NAE_ERA_R-2324_Eesti_Vabariigi_Pohiseaduslik_Assamblee, lk 304
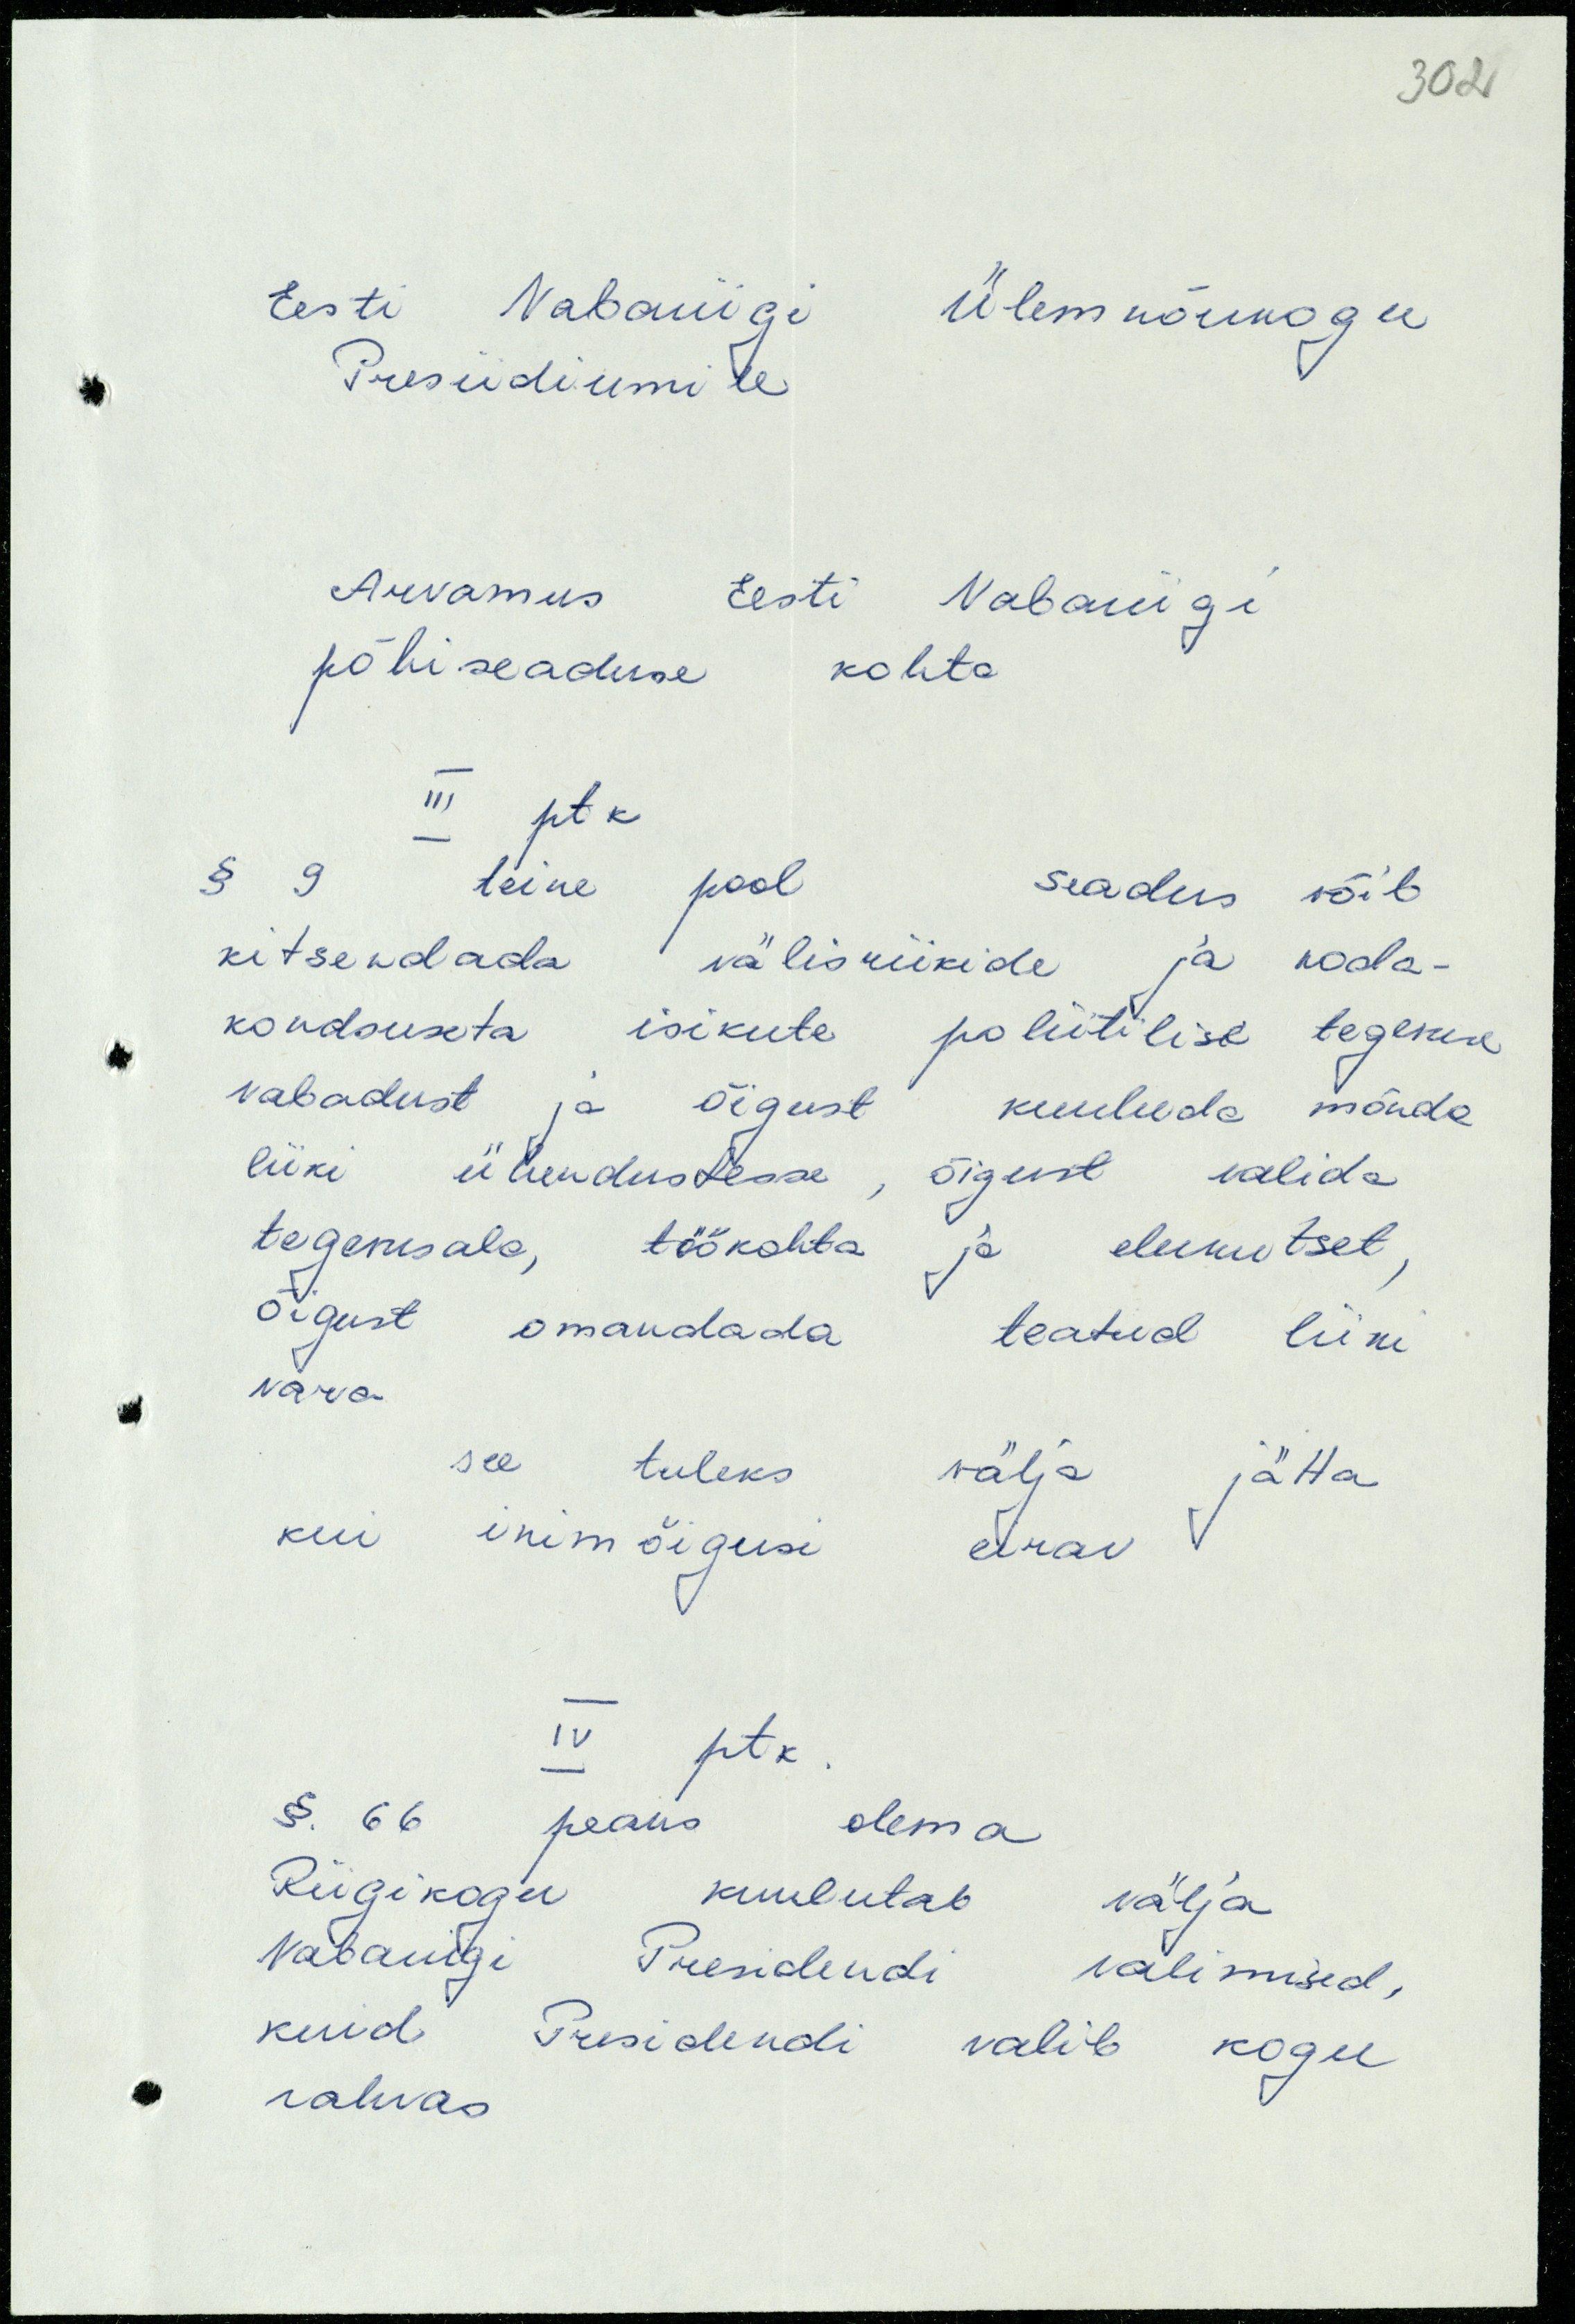
302
Eesti Vabariigi Ülemnõukogu
Presiidiumile
Arvamus Eesti Vabariigi
põhiseaduse kohta
III ptk
§ 9 teine pool seadus võib
kitsendada välisriikide ja koda-
kondsuseta isikute poliitilise tegevuse
vabadust ja õigust kuuluda mõnda
liiki ühendustesse, õigust valida
tegevusala, töökohta ja elukutset,
õigust omandada teatud liiki
vara
see tuleks välja jätta
kui inimõigusi eirav
IV ptk.
§. 66 peaks olema
Riigikogu kuulutab välja
Vabariigi Presidendi valimised,
kuid Presidendi valib kogu
rahvas